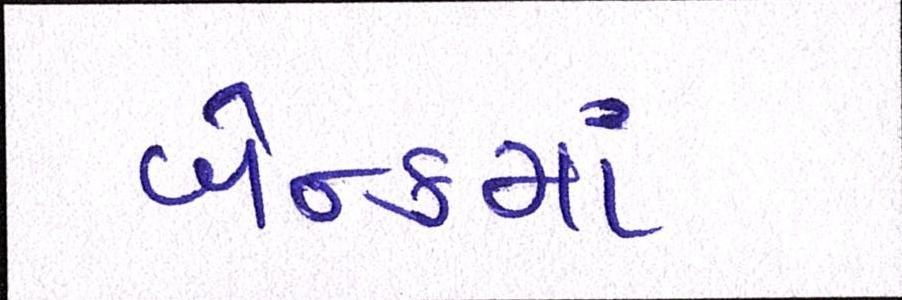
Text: બેન્કમાં